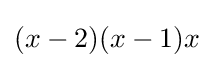
(x-2)(x-1)x